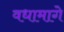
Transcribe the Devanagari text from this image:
वधामागे